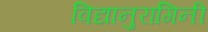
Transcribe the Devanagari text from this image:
विद्यानुरागिनी